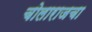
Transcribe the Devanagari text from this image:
चोलाराजचा